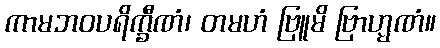
ကာမဘဝပရိက္ခီဏံ၊ တမဟံ ဗြူမိ ဗြာဟ္မဏံ။